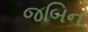
જબિન